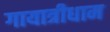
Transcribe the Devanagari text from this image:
गायात्रीधाम